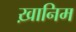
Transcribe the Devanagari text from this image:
ख़ानिम